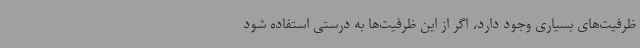
ظرفیت‌های بسیاری وجود دارد، اگر از این ظرفیت‌ها به درستی استفاده شود